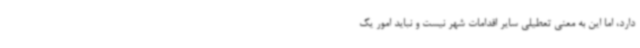
دارد، اما این به معنی تعطیلی سایر اقدامات شهر نیست و نباید امور یک